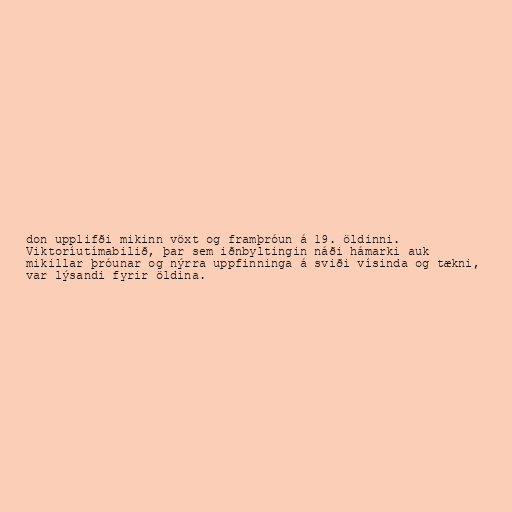
don upplifði mikinn vöxt og framþróun á 19. öldinni.
Viktoríutímabilið, þar sem iðnbyltingin náði hámarki auk
mikillar þróunar og nýrra uppfinninga á sviði vísinda og tækni,
var lýsandi fyrir öldina.